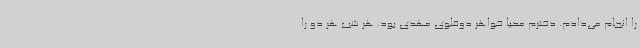
را انجام می‌دادم. دخترم محیا خواهر دوقلوی مهدی بود. هر شب هر دو را